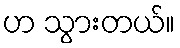
ဟ သွားတယ်။